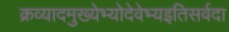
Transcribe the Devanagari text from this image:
क्रव्यादमुख्येभ्योदेवेभ्यइतिसर्वदा